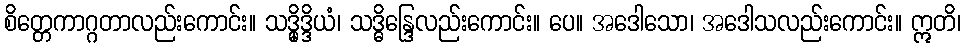
စိတ္တေကာဂ္ဂတာလည်းကောင်း။ သဒ္ဓိုဒ္ဒိယံ၊ သဒ္ဓိန္ဒြေလည်းကောင်း။ ပေ။ အဒေါသော၊ အဒေါသလည်းကောင်း။ ဣတိ၊